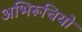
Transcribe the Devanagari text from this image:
अभिरूचियो